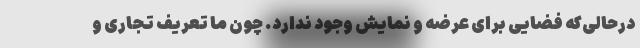
درحالی‌که فضایی برای عرضه و نمایش وجود ندارد. چون ما تعریف تجاری و